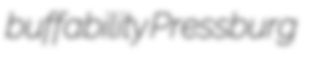
buffability Pressburg